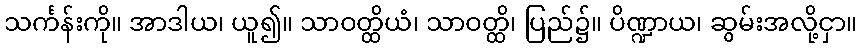
သင်္ကန်းကို။ အာဒါယ၊ ယူ၍။ သာဝတ္ထိယံ၊ သာဝတ္ထိ၊ ပြည်၌။ ပိဏ္ဍာယ၊ ဆွမ်းအလို့ငှာ။